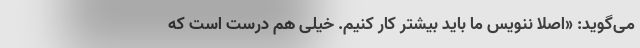
می‌گوید: «اصلاً ننویس ما باید بیشتر کار کنیم. خیلی هم درست است که